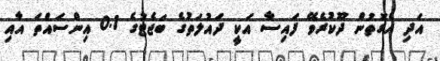
އަދި އެގޮތުން ދޫކުރެވޭ ފައިސާ އަކީ ދައުލަތުގެ ބަޖެޓުގެ 0.1 އިންސައްތަ އާއި